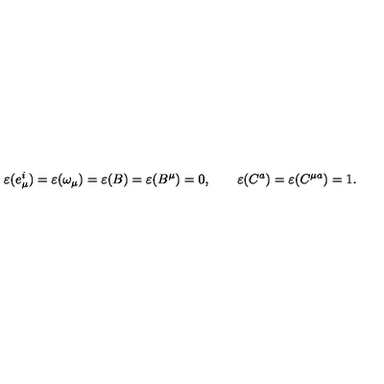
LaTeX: \varepsilon ( e _ { \mu } ^ { i } ) = \varepsilon ( \omega _ { \mu } ) = \varepsilon ( B ) = \varepsilon ( B ^ { \mu } ) = 0 , \qquad \varepsilon ( C ^ { a } ) = \varepsilon ( C ^ { \mu a } ) = 1 .